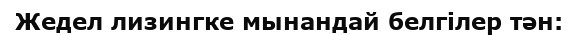
Жедел лизингке мынандай белгілер тән: